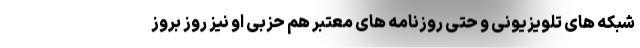
شبکه های تلویزیونی و حتی روزنامه های معتبر هم حزبی او نیز روز بروز